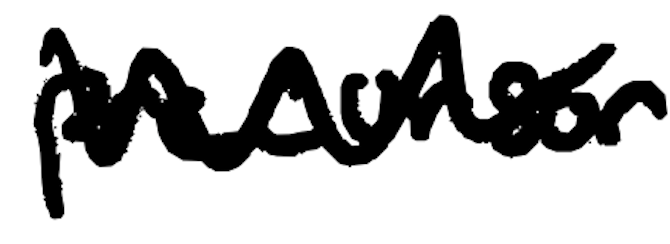
Text: precursor
Cross-out: mix
Writing tool: digital_black